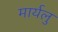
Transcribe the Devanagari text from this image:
मार्यलु